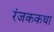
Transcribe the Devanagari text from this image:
रंजककथा